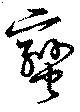
蠻